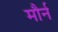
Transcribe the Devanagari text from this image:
मौर्न